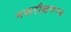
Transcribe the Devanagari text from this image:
नसरौल्लगन्ज